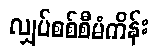
လျှပ်စစ်စီမံကိန်း